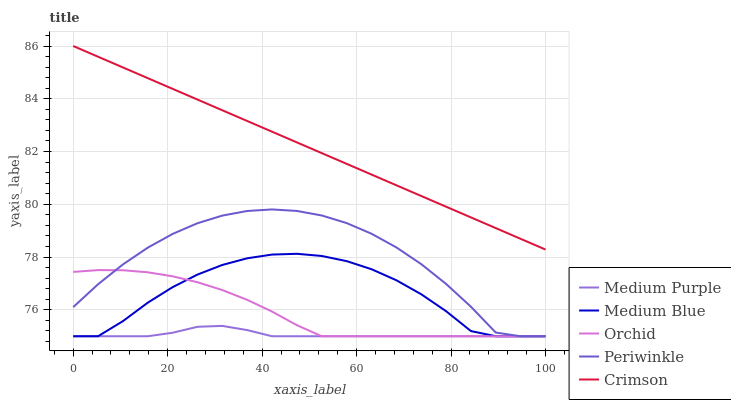
| xaxis_label | Medium Purple | Medium Blue | Orchid | Periwinkle | Crimson |
 | --- | --- | --- | --- | --- | --- |
 | 0 | 75 | 75 | 77.4 | 76.1 | 86 |
 | 5.26 | 75 | 75 | 77.5 | 77 | 85.6 |
 | 10.5 | 75 | 75.6 | 77.5 | 77.7 | 85.2 |
 | 15.8 | 75 | 76.3 | 77.4 | 78.4 | 84.8 |
 | 21.1 | 75.1 | 76.9 | 77.3 | 78.9 | 84.4 |
 | 26.3 | 75.4 | 77.3 | 77 | 79.3 | 84 |
 | 31.6 | 75.4 | 77.7 | 76.8 | 79.6 | 83.6 |
 | 36.8 | 75.2 | 78 | 76.4 | 79.7 | 83.2 |
 | 42.1 | 75 | 78.1 | 75.9 | 79.8 | 82.8 |
 | 47.4 | 75 | 78.1 | 75.4 | 79.7 | 82.3 |
 | 52.6 | 75 | 78 | 75 | 79.6 | 81.9 |
 | 57.9 | 75 | 77.8 | 75 | 79.3 | 81.5 |
 | 63.2 | 75 | 77.5 | 75 | 78.9 | 81.1 |
 | 68.4 | 75 | 77.1 | 75 | 78.4 | 80.7 |
 | 73.7 | 75 | 76.6 | 75 | 77.7 | 80.3 |
 | 78.9 | 75 | 76 | 75 | 77 | 79.9 |
 | 84.2 | 75 | 75.2 | 75 | 76.1 | 79.5 |
 | 89.5 | 75 | 75 | 75 | 75.1 | 79.1 |
 | 94.7 | 75 | 75 | 75 | 75 | 78.7 |
 | 100 | 75 | 75 | 75 | 75 | 78.3 |